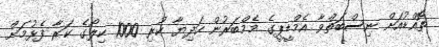
ތޮއްޑުއަށް ނިސްބަތްވާ އެމްޑީޕީގެ މެމްބަރުން ހަދިޔާ ކުރި 1000 ކިލޯގެ ކަރާ ފެޅުމަށް